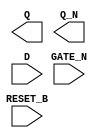
module sky130_fd_sc_hd__dlrbn (
    Q      ,
    Q_N    ,
    RESET_B,
    D      ,
    GATE_N
);

    output Q      ;
    output Q_N    ;
    input  RESET_B;
    input  D      ;
    input  GATE_N ;

    // Voltage supply signals
    supply1 VPWR;
    supply0 VGND;
    supply1 VPB ;
    supply0 VNB ;

endmodule